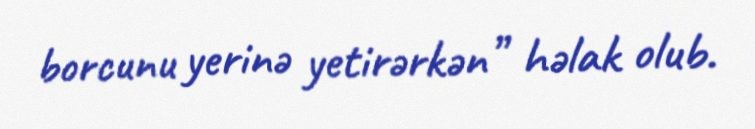
borcunu yerinə yetirərkən” həlak olub.